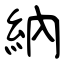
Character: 納